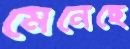
মেনেছে